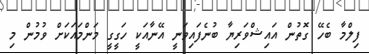
ފިލްމާ ބެހޭ ގޮތުން އައިޝްވަރިޔާ ބުނެފައިވަނީ އޭނާއަކީ ހަގީގީ މަންމައަކަށް ވުމުން މި